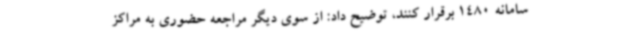
سامانه 1480 برقرار کنند، توضیح داد: از سوی دیگر مراجعه حضوری به مراکز